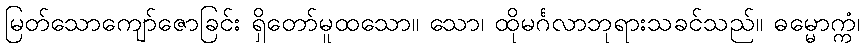
မြတ်သောကျော်ဇောခြင်း ရှိတော်မူထသော။ သော၊ ထိုမင်္ဂလာဘုရားသခင်သည်။ ဓမ္မောက္ကံ၊